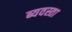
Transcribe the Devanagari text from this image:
ब्यवस्ता